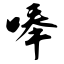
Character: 唪